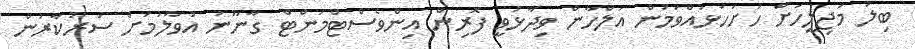
ބިލު މަޖިލީހަށް ހުށަހަޅުއްވަމުން އަލްހާން ވިދާޅުވީ ފޮރިން އިންވެސްޓްމަންޓް ގާނޫނު އުވާލުމަށް ސަރުކާރުން